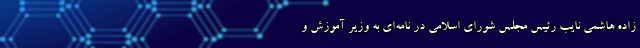
زاده هاشمی نایب رئیس مجلس شورای اسلامی در نامه‌ای به وزیر آموزش و